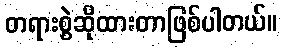
တရားစွဲဆိုထားတာဖြစ်ပါတယ်။